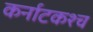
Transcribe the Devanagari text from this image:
कर्नाटकश्च